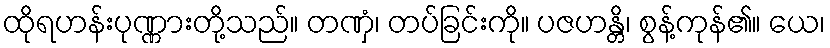
ထိုရဟန်းပုဏ္ဏားတို့သည်။ တဏှံ၊ တပ်ခြင်းကို။ ပဇဟန္တိ၊ စွန့်ကုန်၏။ ယေ၊